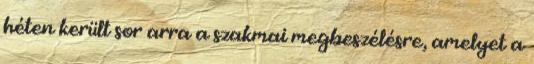
héten került sor arra a szakmai megbeszélésre, amelyet a